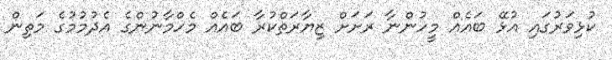
ކުޅިވަރުގައި އުޅޭ ބައެއް މީހުންނާ ރަށަށް ޒިޔާރަތްކުރާ ބައެއް މެހްމާނުންގެ އެދުމުމުގެ މަތިން